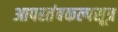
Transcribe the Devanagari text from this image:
आपस्तंबकल्पसूत्र